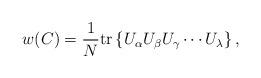
LaTeX: \begin{align*} w(C)=\frac{1}{N} \mbox{tr} \left\{ U_\alpha U_\beta U_\gamma \cdots U_\lambda \right\},\end{align*}